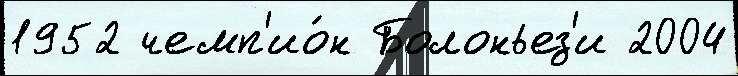
1952 чемп'ио́н Болоньез'и 2004